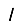
Digit: 1